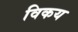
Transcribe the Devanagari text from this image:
विकय